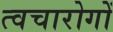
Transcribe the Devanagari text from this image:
त्वचारोगों